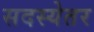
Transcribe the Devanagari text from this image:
सदस्येतर